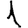
Digit: 1